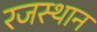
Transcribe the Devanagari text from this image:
रजस्थान